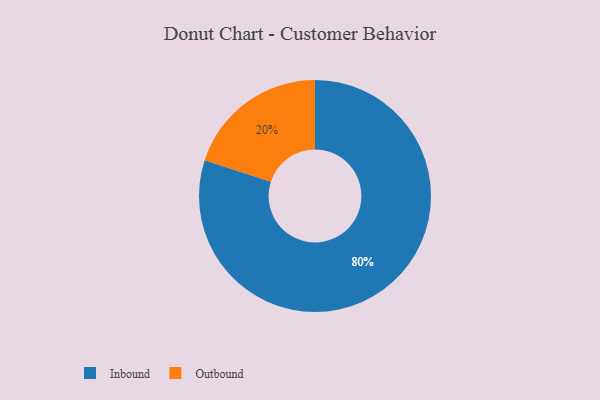
{"axis": {"x": "Category", "y": "Percentage"}, "legend": ["Inbound", "Outbound"], "data": [{"x": "Outbound", "y": 20, "type": "Outbound"}, {"x": "Inbound", "y": 80, "type": "Inbound"}]}